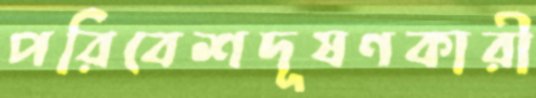
পরিবেশদূষণকারী